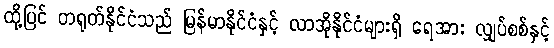
ထို့ပြင် တရုတ်နိုင်ငံသည် မြန်မာနိုင်ငံနှင့် လာအိုနိုင်ငံများရှိ ရေအား လျှပ်စစ်နှင့်